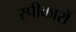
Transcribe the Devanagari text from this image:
स्पीकारों